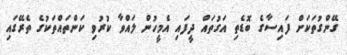
ގޭންގުތަކަށް ފައިސާގެ ބޮޑެތި އަގުތައް ދީފައި އެމީހުން ލައްވާ ކުރުވި ކަންތައްތަކުގެ ތެރޭގައި